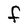
Character: F